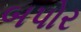
બપોર